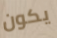
يكون